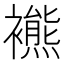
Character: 𧞞